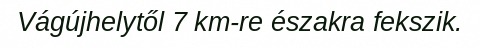
Vágújhelytől 7 km-re északra fekszik.